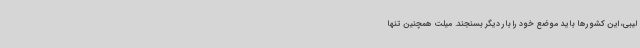
لیبی، این کشورها باید موضع خود را بار دیگر بسنجند. میلت همچنین تنها